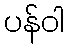
ပန်ဝါ